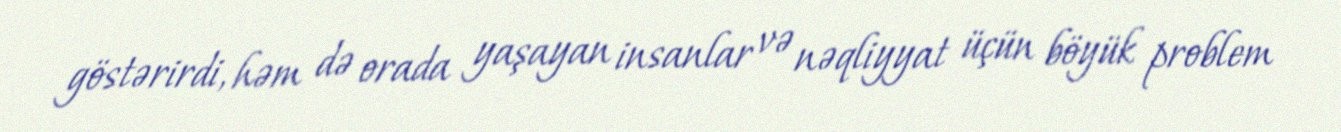
göstərirdi, həm də orada yaşayan insanlar və nəqliyyat üçün böyük problem